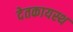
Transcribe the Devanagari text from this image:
देतकायस्थ